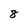
Character: 8